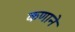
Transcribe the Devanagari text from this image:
कणाने